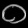
Digit: ၀